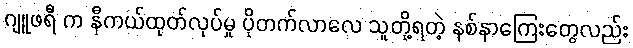
ဂျူဖရီ က နီကယ်ထုတ်လုပ်မှု ပိုတက်လာလေ သူတို့ရတဲ့ နစ်နာကြေးတွေလည်း